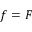
f = F